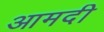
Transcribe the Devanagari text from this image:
आमदी